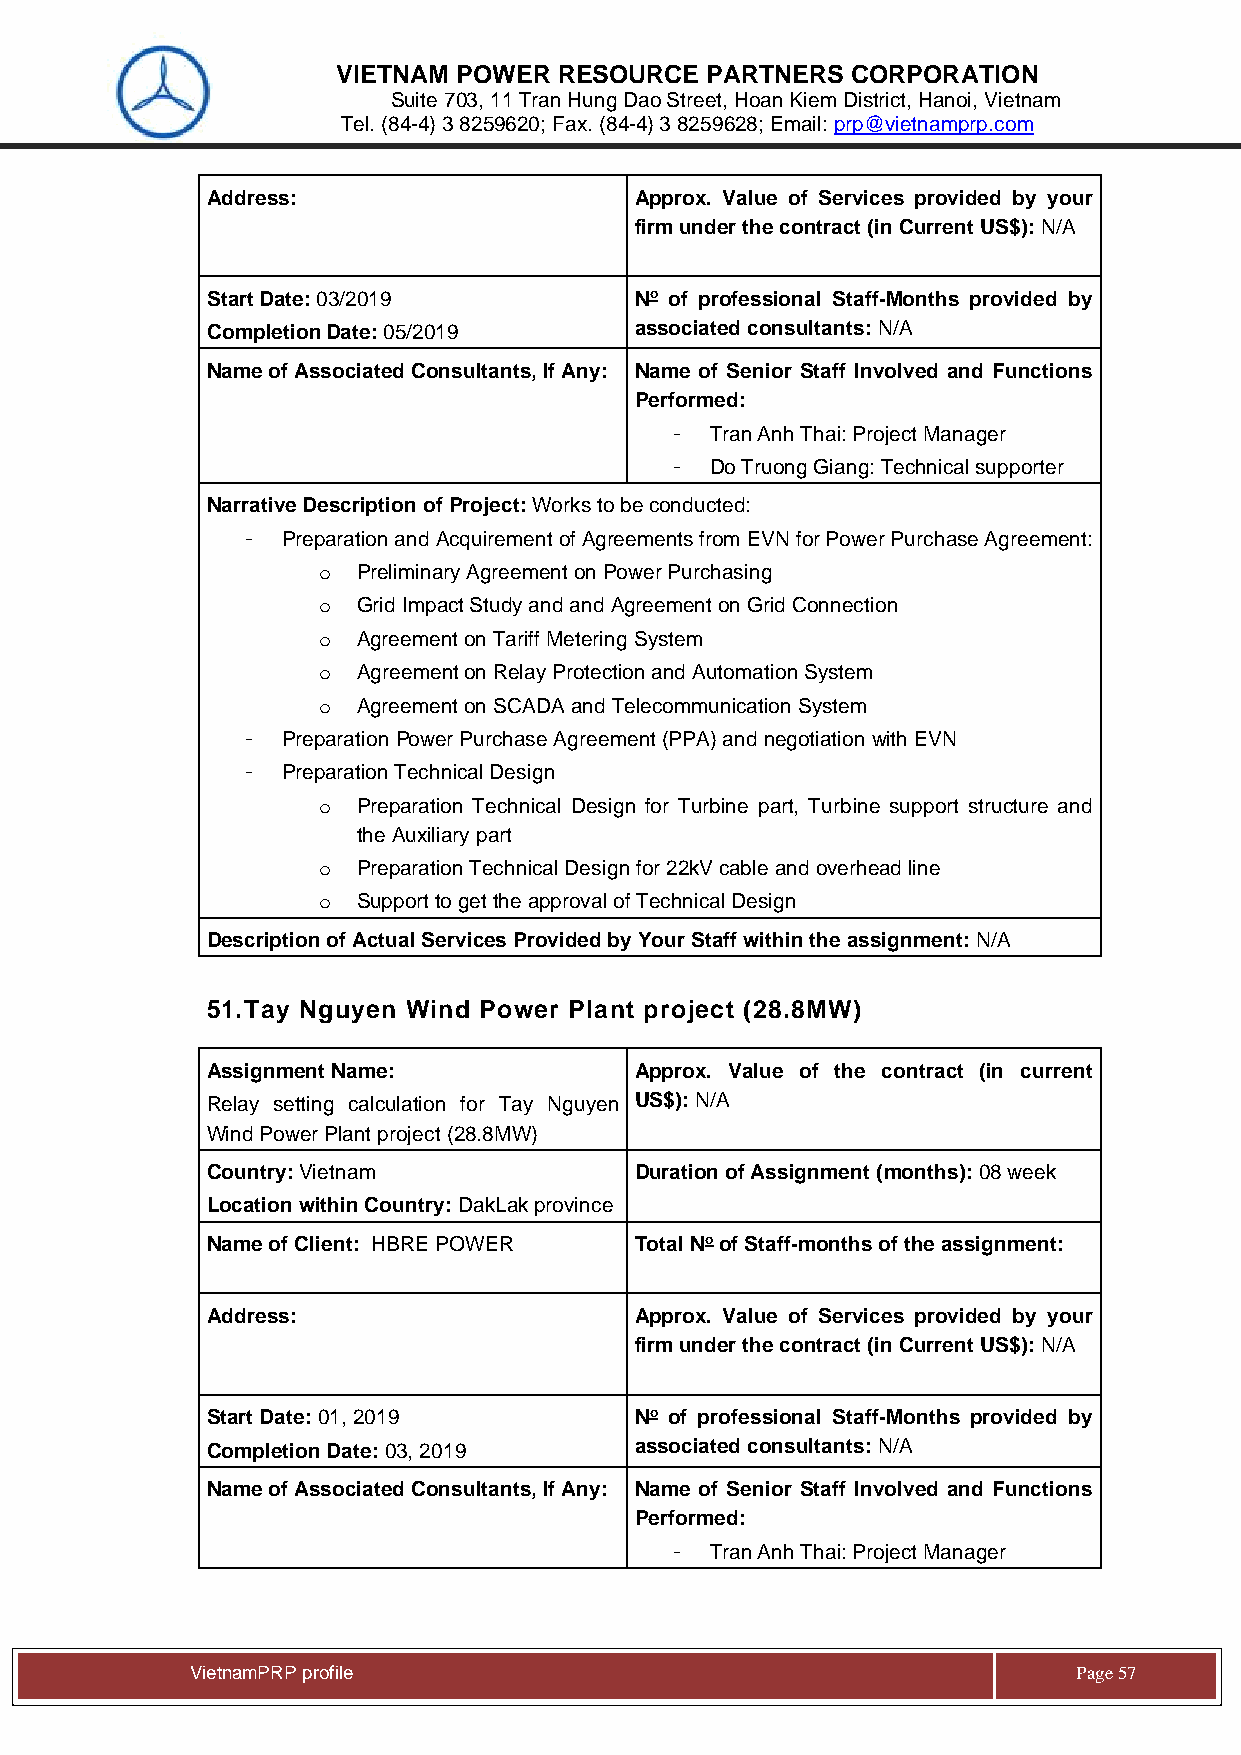
VIETNAM POWER  RESOURCE  PARTNERS CORPORATION
 Suite 703, 11 Tran Hung Dao Street, Hoan Kiem District, Hanoi, Vietnam
 Tel. (84-4) 3 8259620; Fax. (84-4) 3 8259628; Email: prp@vietnamprp.com
 Address:                    Approx. Value of Services provided by your
 firm under the contract (in Current US$): N/A
 Start Date: 03/2019         No of professional Staff-Months provided by
 Completion Date: 05/2019    associated consultants: N/A
 Name of Associated Consultants, If Any: Name of Senior Staff Involved and Functions
 Performed:
 -  Tran Anh Thai: Project Manager
 -  Do Truong Giang: Technical supporter
 Narrative Description of Project: Works to be conducted:
 -  Preparation and Acquirement of Agreements from EVN for Power Purchase Agreement:
 o  Preliminary Agreement on Power Purchasing
 o  Grid Impact Study and and Agreement on Grid Connection
 o  Agreement on Tariff Metering System
 o  Agreement on Relay Protection and Automation System
 o  Agreement on SCADA and Telecommunication System
 -  Preparation Power Purchase Agreement (PPA) and negotiation with EVN
 -  Preparation Technical Design
 o  Preparation Technical Design for Turbine part, Turbine support structure and
 the Auxiliary part
 o  Preparation Technical Design for 22kV cable and overhead line
 o  Support to get the approval of Technical Design
 Description of Actual Services Provided by Your Staff within the assignment: N/A
 51. Tay Nguyen Wind Power Plant project (28.8MW)
 Assignment Name:            Approx. Value of the contract (in current
 Relay setting calculation for Tay Nguyen US$): N/A
 Wind Power Plant project (28.8MW)
 Country: Vietnam            Duration of Assignment (months): 08 week
 Location within Country: DakLak province
 Name of Client: HBRE POWER  Total No of Staff-months of the assignment:
 Address:                    Approx. Value of Services provided by your
 firm under the contract (in Current US$): N/A
 Start Date: 01, 2019        No of professional Staff-Months provided by
 Completion Date: 03, 2019   associated consultants: N/A
 Name of Associated Consultants, If Any: Name of Senior Staff Involved and Functions
 Performed:
 -  Tran Anh Thai: Project Manager
 Vie tnamPRP profile                                       Page 57